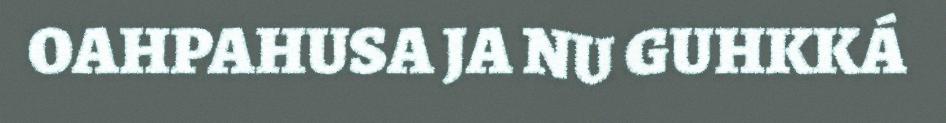
OAHPAHUSA JA NU GUHKKÁ